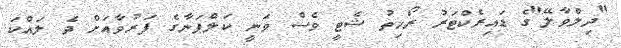
"ދިލްވާލޭ"ގެ ޑައިރެކްޓަރު ރޯހިތު ޝެޓީ ވެސް ވަނީ ކަލްޕަނާގެ ފަރުވާއަށް ދެ ލައްކަ